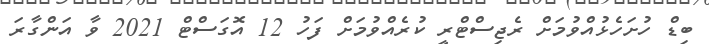
ބިޑް ހުށަހެޅުއްވުމަށް ރެޖިސްޓްރީ ކުރެއްވުމަށް ފަހު 12 އޮގަސްޓް 2021 ވާ އަންގާރަ